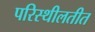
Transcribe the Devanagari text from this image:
परिस्थीलतीत